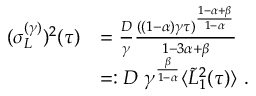
\begin{array} { r l } { ( \sigma _ { L } ^ { ( \gamma ) } ) ^ { 2 } ( \tau ) } & { = \frac { D } { \gamma } \frac { ( ( 1 - \alpha ) \gamma \tau ) ^ { \frac { 1 - \alpha + \beta } { 1 - \alpha } } } { 1 - 3 \alpha + \beta } } \\ & { = : D \; \gamma ^ { \frac { \beta } { 1 - \alpha } } \langle \tilde { L } _ { 1 } ^ { 2 } ( \tau ) \rangle \ . } \end{array}